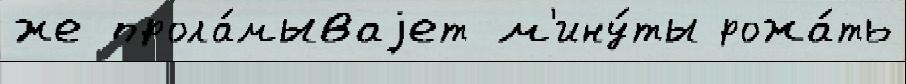
же прола́мываjет м'ину́ты рожа́ть